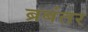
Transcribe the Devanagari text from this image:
ब्रबंतर